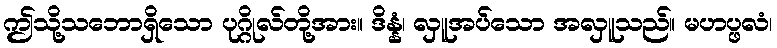
ဤသို့သဘောရှိသော ပုဂ္ဂိုလ်တို့အား။ ဒိန္နံ၊ လှူအပ်သော အလှူသည်။ မဟပ္ဖလံ၊